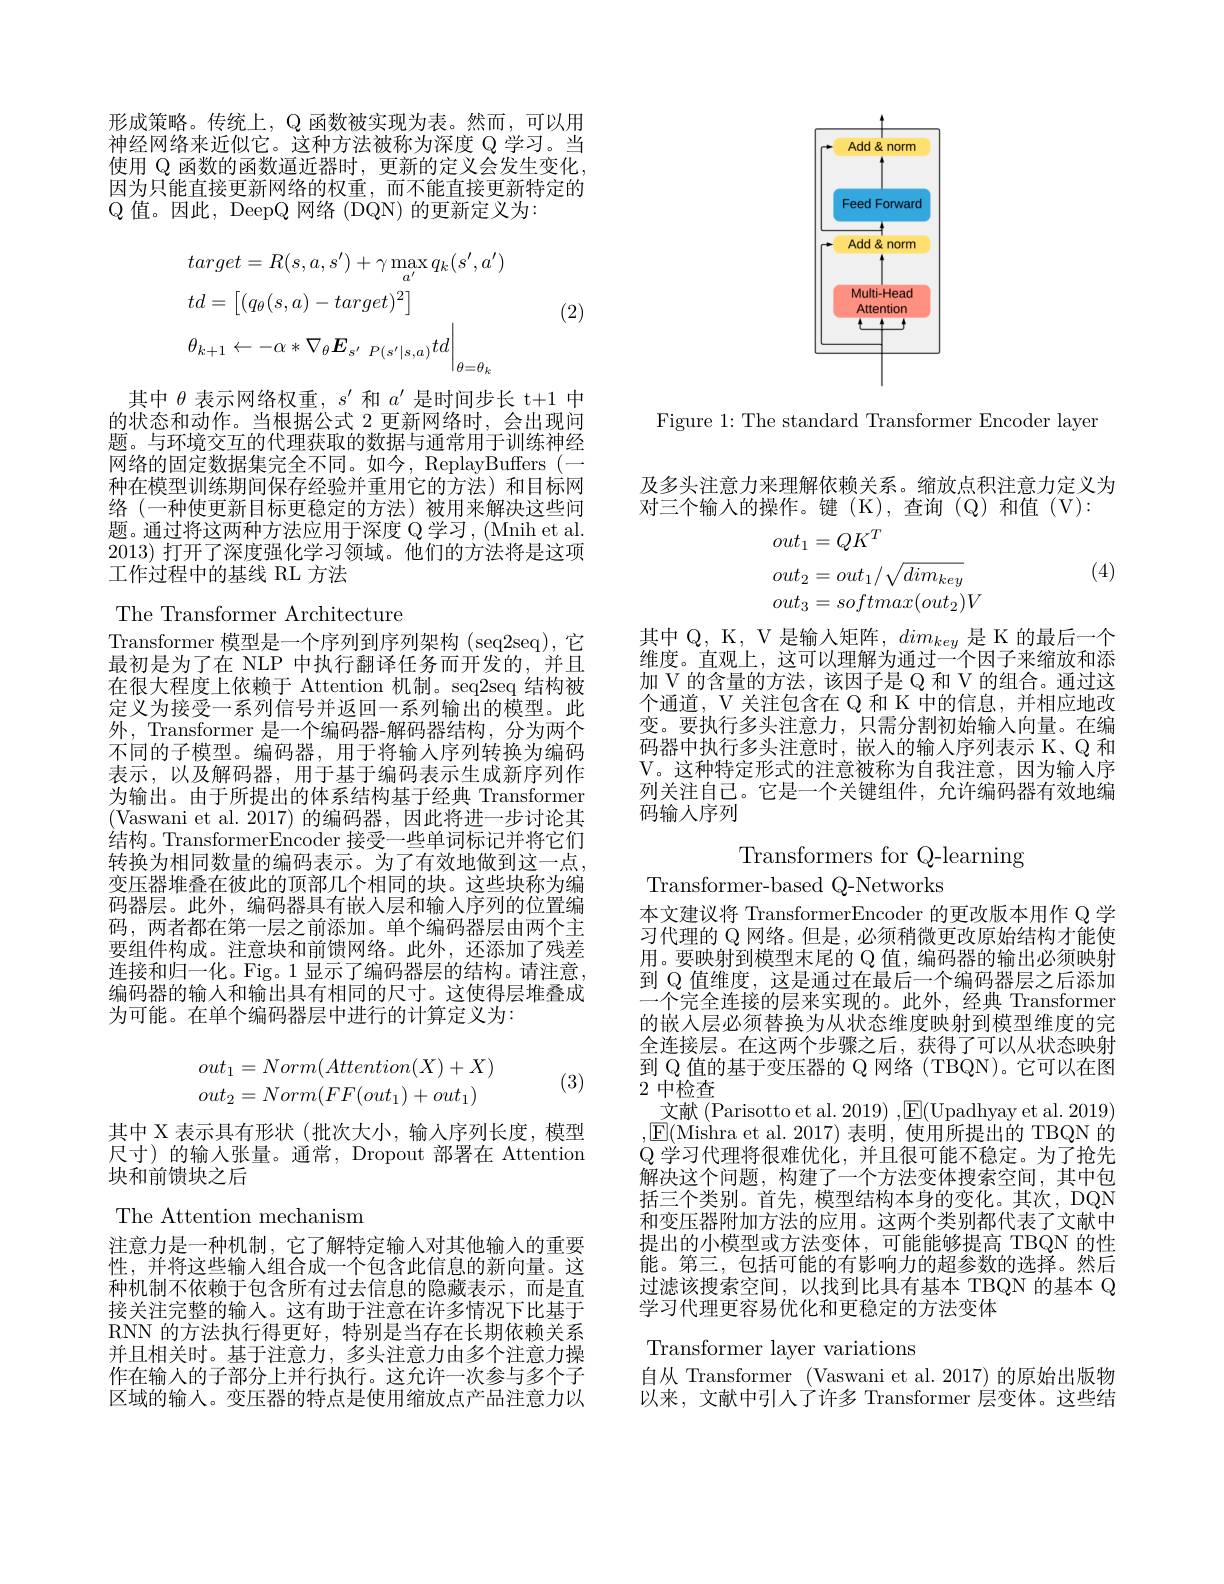
形成策略。传统上，Q 函数被实现为表。然而，可以用神经网络来近似它。这种方法被称为深度 Q 学习。当使用 Q 函数的函数逼近器时，更新的定义会发生变化， 因为只能直接更新网络的权重，而不能直接更新特定的$\mathbb{Q}$值。因此，DeepQ 网络 (DQN) 的更新定义为：
$$\begin{aligned}&target=R(s,a,s^{\prime})+\gamma\max_{a^{\prime}}q_{k}(s^{\prime},a^{\prime})\\&td=\left[(q_{\theta}(s,a)-target)^{2}\right]\\&\theta_{k+1}\leftarrow-\alpha*\nabla_{\theta}\boldsymbol{E}_{s^{\prime}\:P(s^{\prime}|s,a)}td\bigg|_{\theta=\theta_{k}}\end{aligned}$$
(2)

其中$\theta$表示网络权重，$s^\prime$和$a^{\prime}$是时间步长 t+1 中的状态和动作。当根据公式 2 更新网络时，会出现问题。与环境交互的代理获取的数据与通常用于训练神经网络的固定数据集完全不同。如今，ReplayBuffers (— 种在模型训练期间保存经验并重用它的方法)和目标网络(一种使更新目标更稳定的方法)被用来解决这些问题。通过将这两种方法应用于深度 Q 学习，(Mnih et al 2013)打开了深度强化学习领域。他们的方法将是这项工作过程中的基线 RL 方法

<FigureHere>

Figure 1: The standard Transformer Encoder layer

The Transformer Architecture
Transformer 模型是一个序列到序列架构 (seq2seq),它最初是为了在 NLP 中执行翻译任务而开发的，并且在很大程度上依赖于 Attention 机制。seq2seq 结构被定义为接受一系列信号并返回一系列输出的模型。此外，Transformer 是一个编码器-解码器结构，分为两个不同的子模型。编码器，用于将输人序列转换为编码表示，以及解码器，用于基于编码表示生成新序列作为输出。由于所提出的体系结构基于经典 Transformer (Vaswani et al. 2017)的编码器，因此将进一步讨论其结构。TransformerEncoder 接受一些单词标记并将它们转换为相同数量的编码表示。为了有效地做到这一点， 变压器堆叠在彼此的顶部几个相同的块。这些块称为编码器层。此外，编码器具有嵌人层和输入序列的位置编码，两者都在第一层之前添加。单个编码器层由两个主要组件构成。注意块和前馈网络。此外，还添加了残差连接和归一化。Fig。1 显示了编码器层的结构。请注意， 编码器的输入和输出具有相同的尺寸。这使得层堆叠成为可能。在单个编码器层中进行的计算定义为：
$$\begin{aligned}out_1&=Norm(Attention(X)+X)\\out_2&=Norm(FF(out_1)+out_1)\end{aligned}$$
(3)

其中 X 表示具有形状(批次大小，输入序列长度，模型尺寸)的输人张量。通常，Dropout 部署在 Attention 块和前馈块之后

The Attention mechanism

注意力是一种机制，它了解特定输人对其他输入的重要性，并将这些输人组合成一个包含此信息的新向量。这种机制不依赖于包含所有过去信息的隐藏表示，而是直接关注完整的输入。这有助于注意在许多情况下比基于RNN 的方法执行得更好，特别是当存在长期依赖关系并且相关时。基于注意力，多头注意力由多个注意力操作在输入的子部分上并行执行。这允许一次参与多个子区域的输人。变压器的特点是使用缩放点产品注意力以

及多头注意力来理解依赖关系。缩放点积注意力定义为
对三个输人的操作。键(K),查询(Q)和值(V):
$$\begin{aligned}&out_{1}=QK^{T}\\&out_{2}=out_{1}/\sqrt{dim_{key}}\\&out_{3}=softmax(out_{2})V\end{aligned}$$
(4)

其中 Q, K, V 是输入矩阵，$dim_{key}$是 K 的最后一个维度。直观上，这可以理解为通过一个因子来缩放和添加 V 的含量的方法，该因子是 Q 和 V 的组合。通过这个通道，V 关注包含在 Q 和 K 中的信息，并相应地改变。要执行多头注意力，只需分割初始输入向量。在编码器中执行多头注意时，嵌人的输入序列表示 K、Q 和V。这种特定形式的注意被称为自我注意，因为输人序列关注自己。它是一个关键组件，允许编码器有效地编码输人序列

Transformers for Q-learning

Transformer-based Q-Networks

到 Q 值的基于变压器的 Q 网络 (TBQN)。它可以在图
# 2中检查

本文建议将 TransformerEncoder 的更改版本用作 Q 学习代理的 Q 网络。但是，必须稍微更改原始结构才能使用。要映射到模型末尾的 Q 值，编码器的输出必须映射到 Q 值维度，这是通过在最后一个编码器层之后添加一个完全连接的层来实现的。此外，经典 Transformer 的嵌入层必须替换为从状态维度映射到模型维度的完全连接层。在这两个步骤之后，获得了可以从状态映射
文献 (Parisotto et al. 2019) ,$\mathbb{E}($Upadhyay et al. 2019) $,\underline{\mathrm{E}}($Mishra et al. 2017)表明，使用所提出的 TBQN 的$\mathbb{Q}$学习代理将很难优化，并且很可能不稳定。为了抢先解决这个问题，构建了一个方法变体搜索空间，其中包括三个类别。首先，模型结构本身的变化。其次，DQN 和变压器附加方法的应用。这两个类别都代表了文献中提出的小模型或方法变体，可能能够提高 TBQN 的性能。第三，包括可能的有影响力的超参数的选择。然后过滤该搜索空间，以找到比具有基本 TBQN 的基本 Q 学习代理更容易优化和更稳定的方法变体

Transformer layer variations

自从 Transformer (Vaswani et al. 2017) 的原始出版物以来，文献中引人了许多 Transformer 层变体。这些结